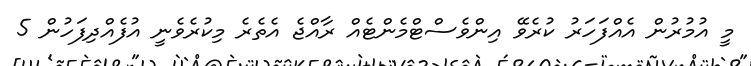
މީ އުމުރުން އެއްފަހަރު ކުރެވޭ އިންވެސްޓްމެންޓެއް ރާއްޖެ އެތެރެ މިކުރެވެނީ އުފެއްދިފަހުން 5